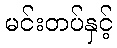
မင်းတပ်နှင့်